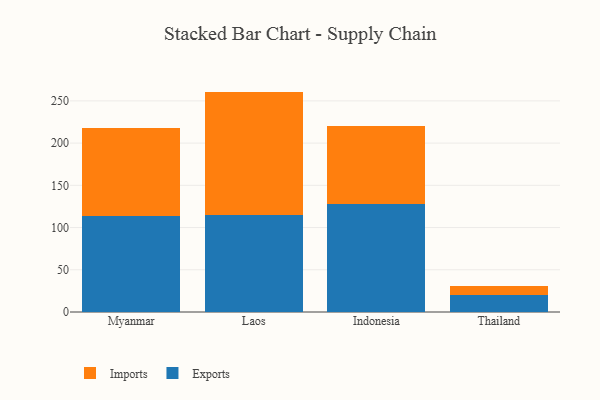
{"axis": {"x": "Country", "y": "Net Income (USD K)"}, "legend": ["Exports", "Imports"], "data": [{"x": "Myanmar", "y": 113.9, "type": "Exports"}, {"x": "Myanmar", "y": 103.9, "type": "Imports"}, {"x": "Laos", "y": 114.8, "type": "Exports"}, {"x": "Laos", "y": 146.2, "type": "Imports"}, {"x": "Indonesia", "y": 128.3, "type": "Exports"}, {"x": "Indonesia", "y": 92.1, "type": "Imports"}, {"x": "Thailand", "y": 19.9, "type": "Exports"}, {"x": "Thailand", "y": 10.4, "type": "Imports"}]}